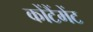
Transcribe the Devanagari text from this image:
कोंटैंमेंट